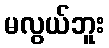
မလွယ်ဘူး